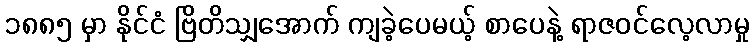
၁၈၈၅ မှာ နိုင်ငံ ဗြိတိသျှအောက် ကျခဲ့ပေမယ့် စာပေနဲ့ ရာဇဝင်လေ့လာမှု